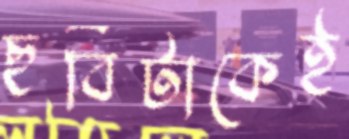
ছবিটাকেই